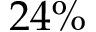
2 4 \%